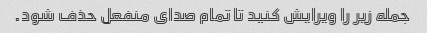
جمله زیر را ویرایش کنید تا تمام صدای منفعل حذف شود.